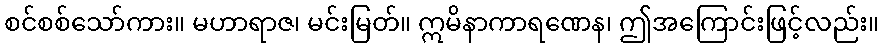
စင်စစ်သော်ကား။ မဟာရာဇ၊ မင်းမြတ်။ ဣမိနာကာရဏေန၊ ဤအကြောင်းဖြင့်လည်း။